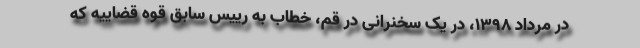
در مرداد ۱۳۹۸، در یک سخنرانی در قم، خطاب به رییس سابق قوه قضاییه که